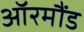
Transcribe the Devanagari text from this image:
ऑरमौंड